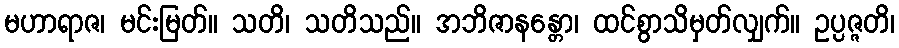
မဟာရာဇ၊ မင်းမြတ်။ သတိ၊ သတိသည်။ အဘိဇာနန္တော၊ ထင်စွာသိမှတ်လျှက်။ ဥပ္ပဇ္ဇတိ၊